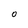
Character: O